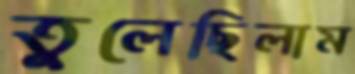
তুলেছিলাম